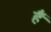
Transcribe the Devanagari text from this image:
हैॅ